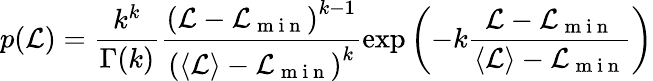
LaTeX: p(\mathcal{L})=\frac{k^{k}}{\Gamma(k)}\frac{\left(\mathcal{L}-\mathcal{L}_{\mathrm{~m~i~n~}}\right)^{k-1}}{\left(\langle\mathcal{L}\rangle-\mathcal{L}_{\mathrm{~m~i~n~}}\right)^{k}}\exp{\left(-k\frac{\mathcal{L}-\mathcal{L}_{\mathrm{~m~i~n~}}}{\langle\mathcal{L}\rangle-\mathcal{L}_{\mathrm{~m~i~n~}}}\right)}